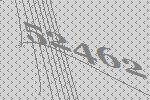
52462